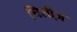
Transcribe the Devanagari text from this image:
चिलीज़